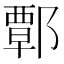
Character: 𨝸